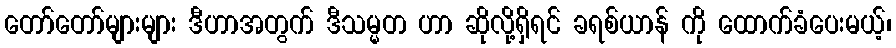
တော်တော်များများ ဒီဟာအတွက် ဒီသမ္မတ ဟာ ဆိုလို့ရှိရင် ခရစ်ယာန် ကို ထောက်ခံပေးမယ့်၊